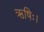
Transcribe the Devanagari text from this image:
ऋषिः।